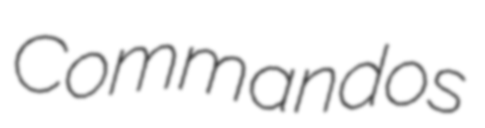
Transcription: Commandos